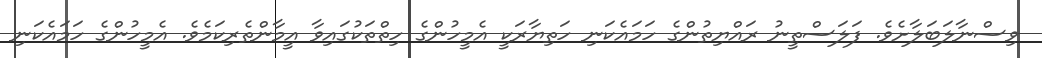
ވިސްނާލަބަލާށެވެ. ފަލަސްތީނު ރައްޔިތުންގެ ހަމައެކަނި ހަތިޔާރަކީ އެމީހުންގެ ހިތްތަކުގައިވާ އީމާންތެރިކަމެވެ. އެމީހުންގެ ހަމައެކަނި